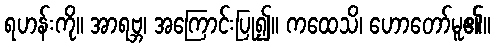
ရဟန်းကို။ အာရဗ္ဘ၊ အကြောင်းပြု၍။ ကထေသိ၊ ဟောတော်မူ၏။